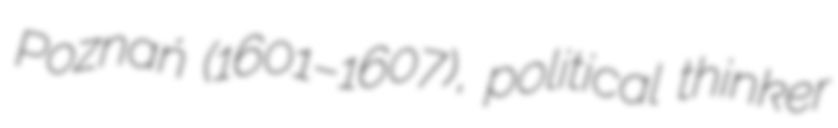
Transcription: Poznań (1601–1607), political thinker